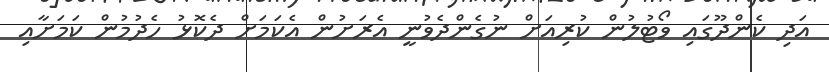
އަދި ކެންދޫގައި ވޯޓުލުން ކުރިއަށް ނުގެންދެވުނީ އެރަށުން އެކަމަށް ދެކޮޅު ހެދުމުން ކަމަށާއި